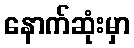
နောက်ဆုံးမှာ